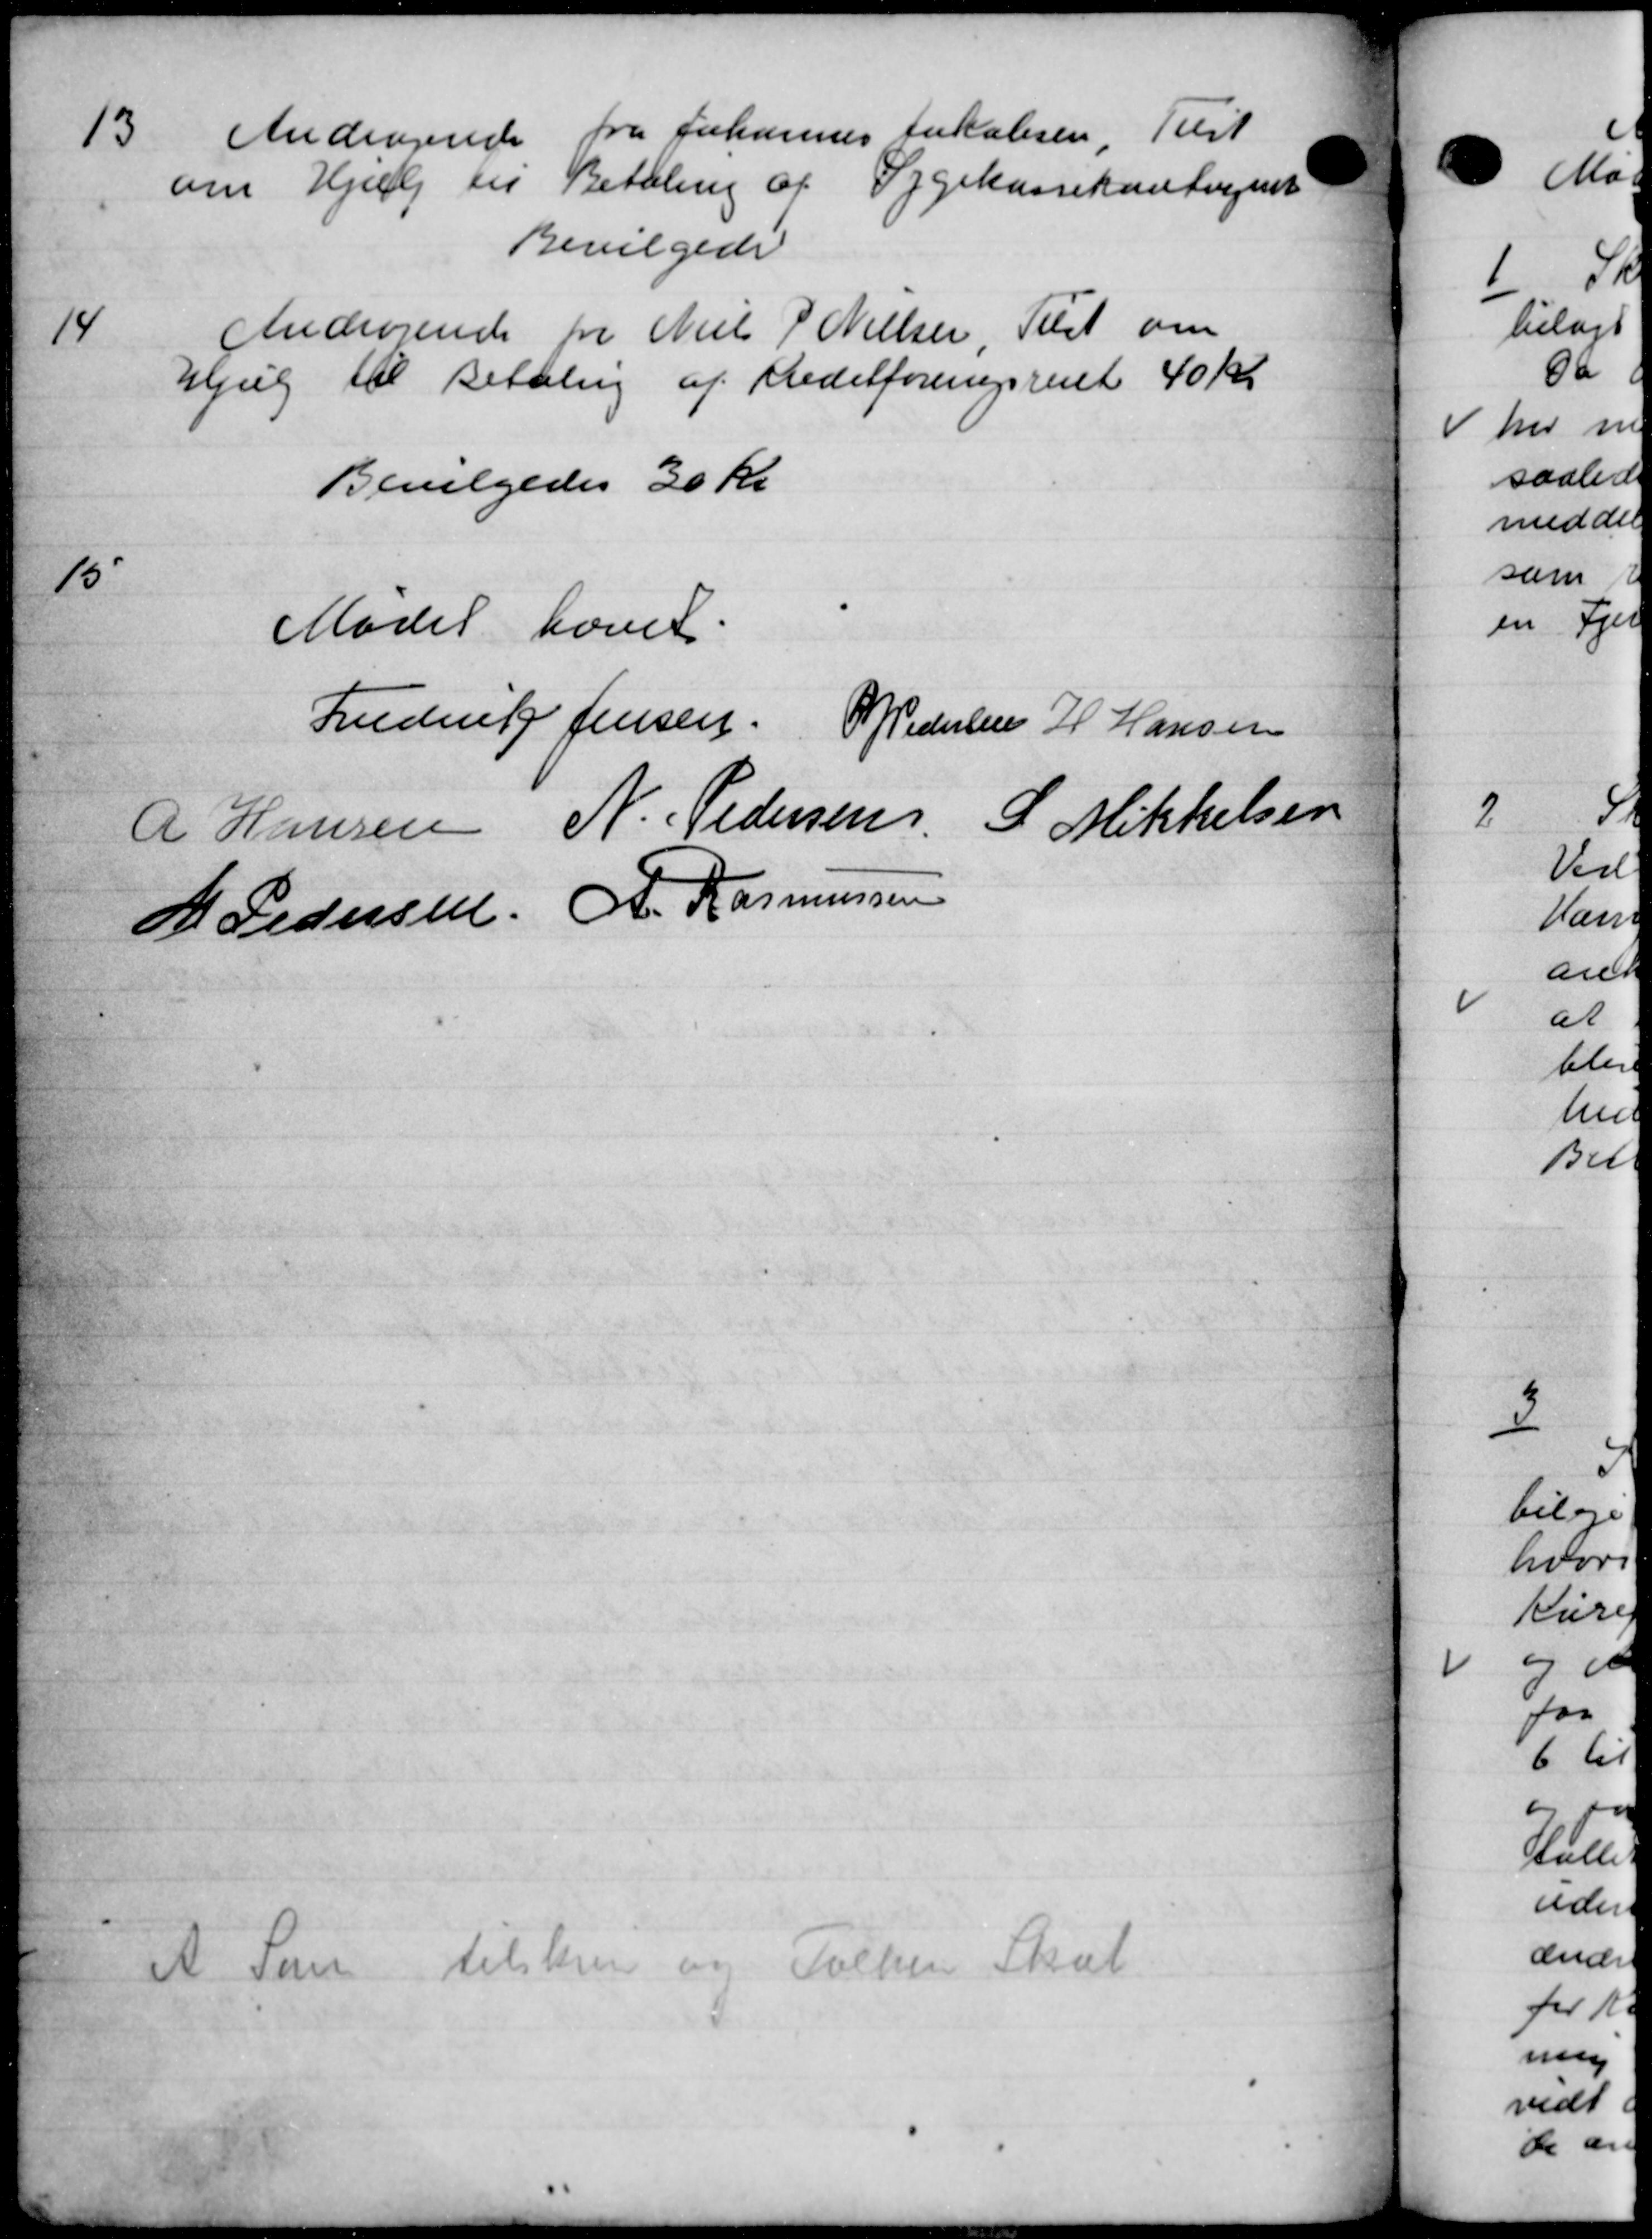
Transskription:
Andragende fra Johannes lokaleren. Til
om Hjælp til Betaling af Sygekassekontingent
Bevilgede

Andragende fra Niels P Nielsen, Tulst om
Hjælp til Betaling af Meditforeningsrent 40 Kr.
Bevilgedes 30 Kr.

Mødet hævet.
Frederik Jensen Pedersen H Hansen
R Hansen N. Pedersen L Mikkelsen
H. Pedersen A. Rasmussen
 Som tilskreve og a d